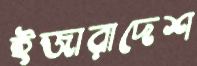
ইজারাদেশ